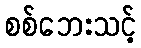
စစ်ဘေးသင့်